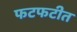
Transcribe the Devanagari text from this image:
फटफटीत